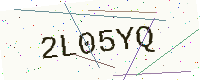
Text: 2L05YQ